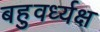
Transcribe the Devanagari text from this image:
बहुवर्ध्यक्ष